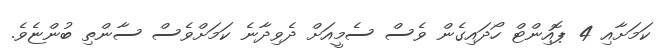
ކަމަށާއި 4 ޕޮއިންޓް ހޯދައިގެން ވެސް ސެމީއަށް ދެވިދާނެ ކަމަށްވެސް ސާންތި ބުންޏެވެ.